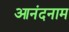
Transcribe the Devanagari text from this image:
आनंदनाम